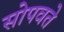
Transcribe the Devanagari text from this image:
सोपवते